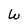
Character: W